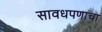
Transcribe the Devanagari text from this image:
सावधपणाचा